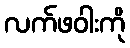
လက်ဖဝါးကို